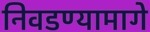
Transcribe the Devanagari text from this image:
निवडण्यामागे